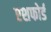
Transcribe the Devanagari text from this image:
एशफोर्ड